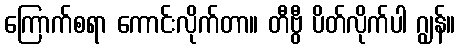
ကြောက်စရာ ကောင်းလိုက်တာ။ တီဗွီ ပိတ်လိုက်ပါ ဂျွန်။